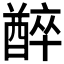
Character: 𨢅